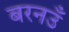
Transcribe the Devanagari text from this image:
बरनउँ